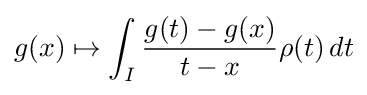
g(x)\mapsto \int _{I}{\frac {g(t)-g(x)}{t-x}}\rho (t)\,dt